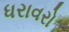
ધરાવરો